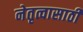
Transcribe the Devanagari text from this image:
नेतृत्वासाठी